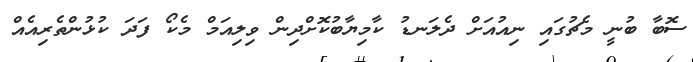
ސޮބާ ބުނީ މެޗުގައި ނިއުއަށް ދެލަނޑު ކާމިޔާބުކޮށްދިން ވިލިއަމް މެކޯ ފަދަ ކުޅުންތެރިއެއް